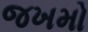
જખમો